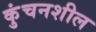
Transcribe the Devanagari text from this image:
कुंचनशील